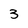
Character: 3